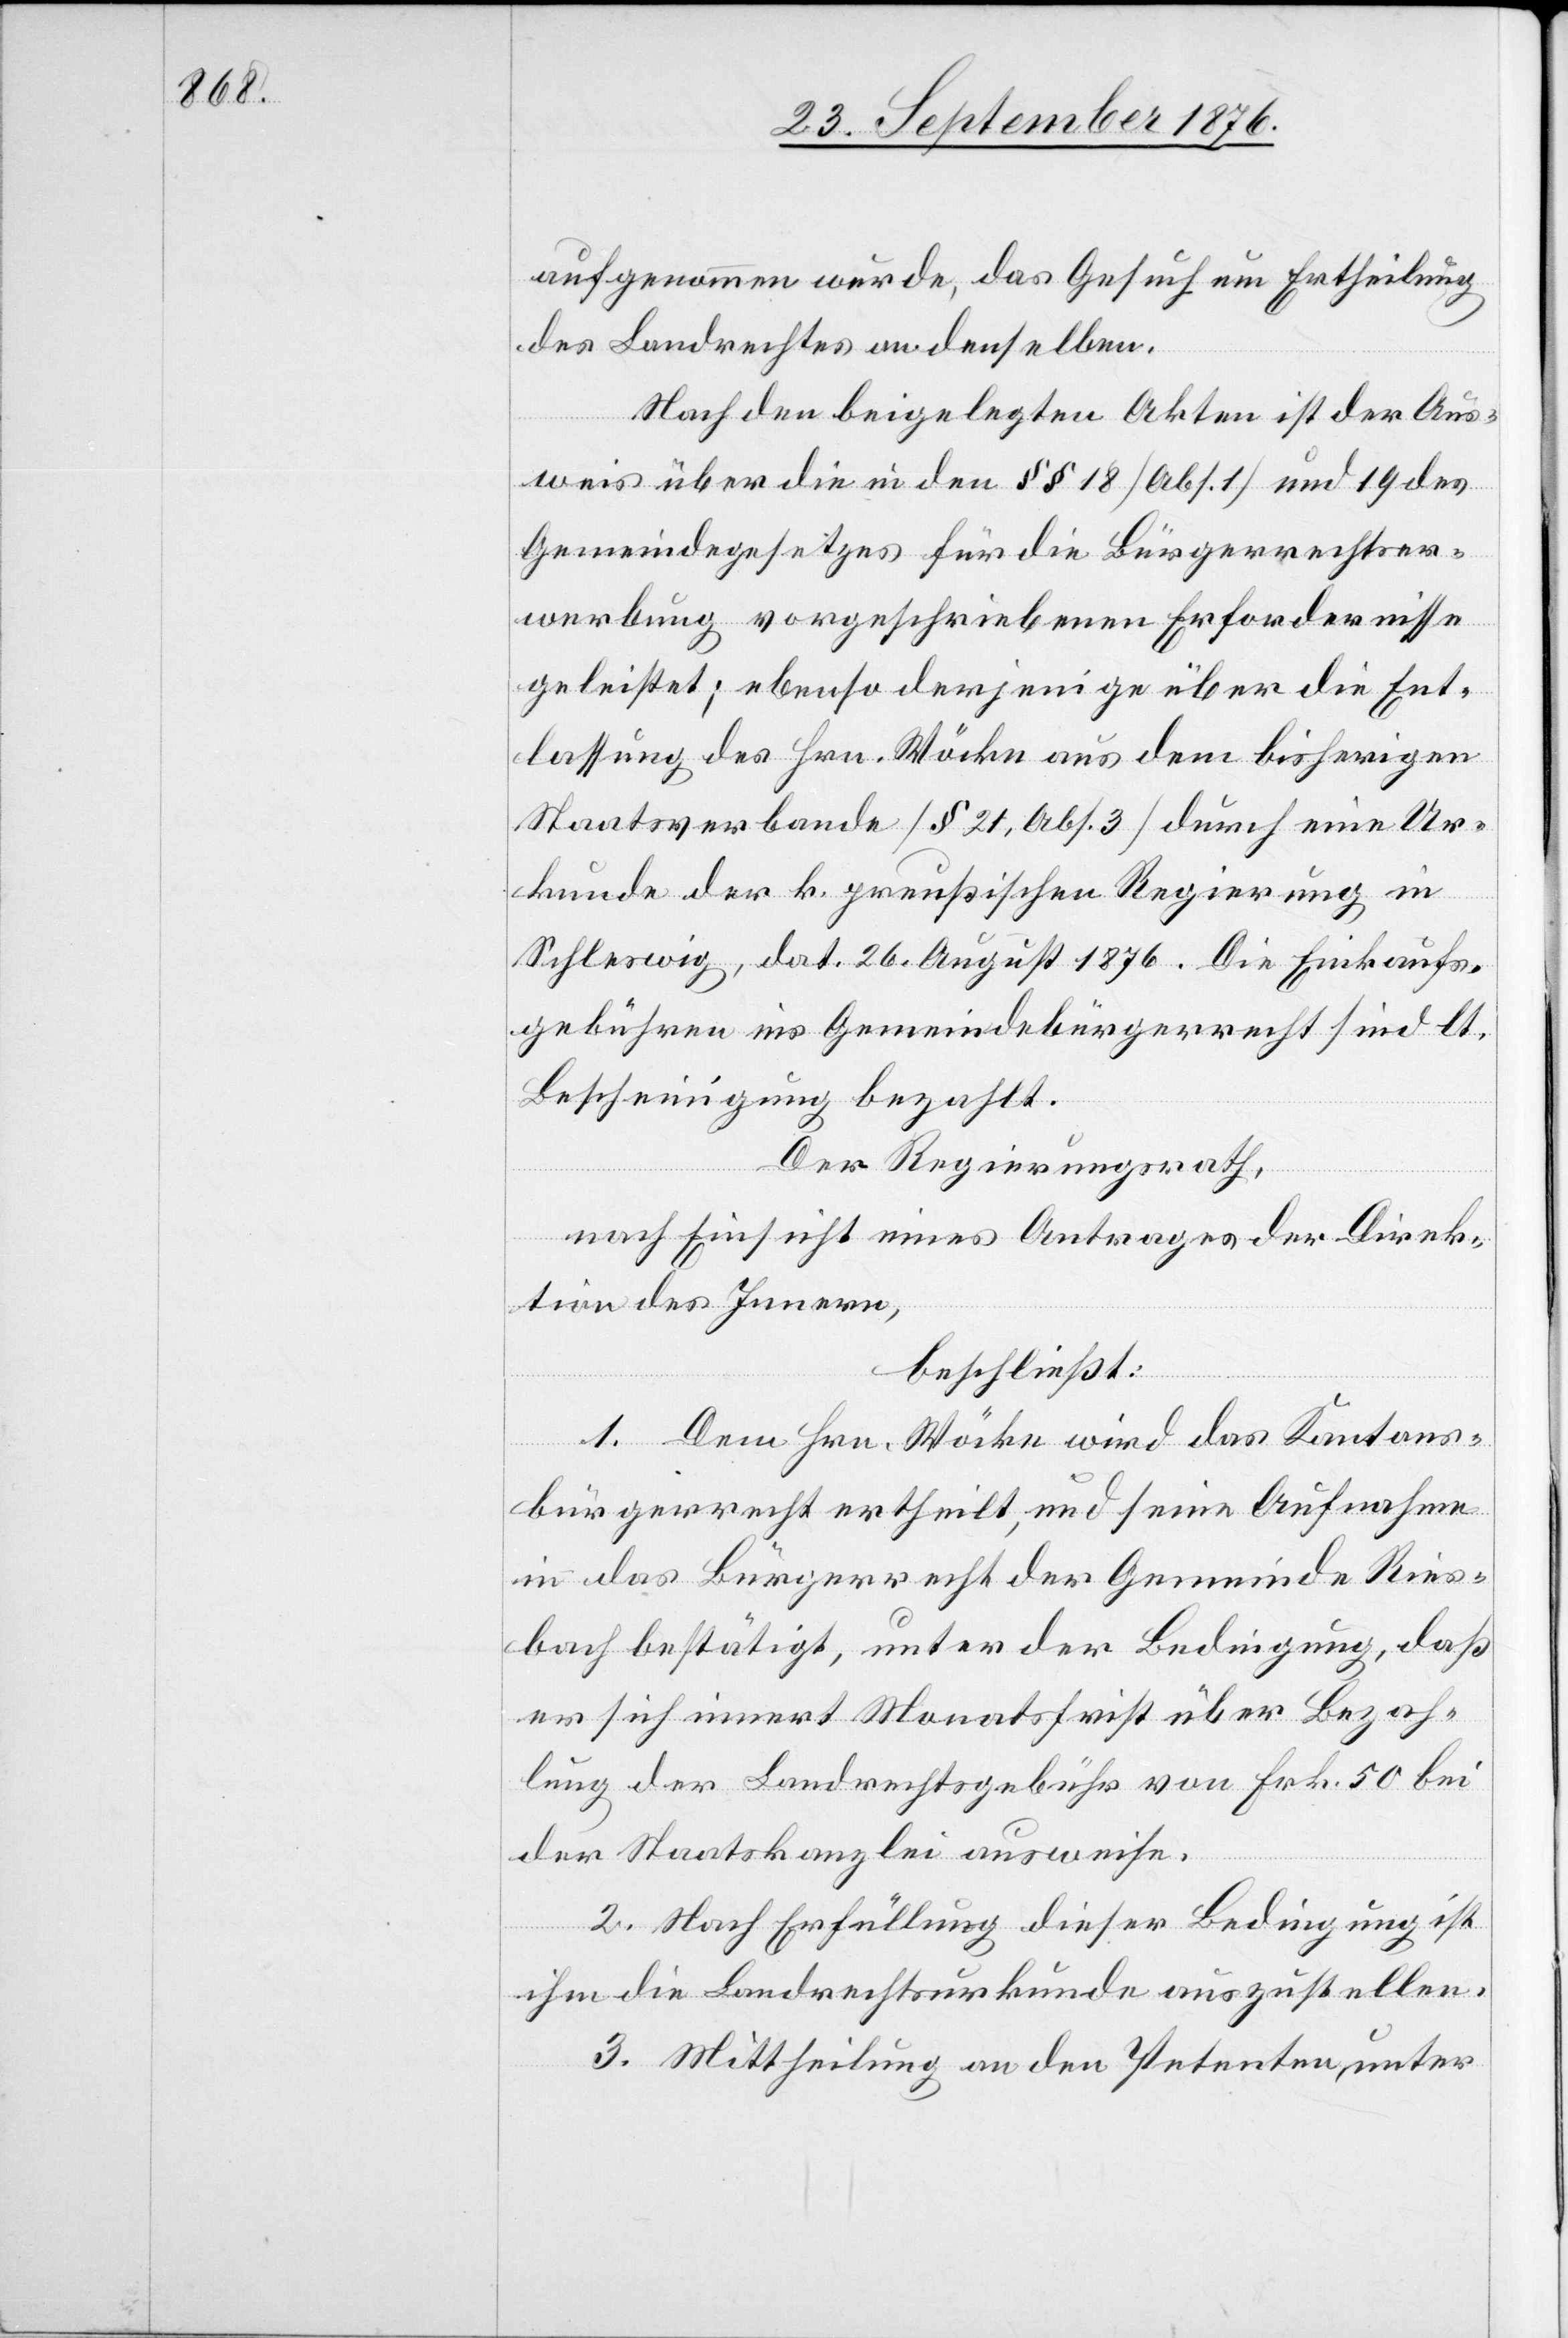
aufgenommen wurde, das Gesuch um Ertheilung
des Landrechtes an denselben.
Nach den beigelegten Akten ist der Aus¬
weis über die in den §§ 18 [Abs. 1] und 19 des
Gemeindegesetzes für die Bürgerrechtser¬
werbung vorgeschriebenen Erfordernisse
geleistet; ebenso derjenige über die Ent¬
lassung des Hrn. Möcke aus dem bisherigen
Staatsverbande [§ 21, Abs. 3] durch eine Ur¬
kunde der k. preußischen Regierung in
Schleswig, dat. 26. August 1876. Die Einkaufs¬
gebühren ins Gemeindebürgerrecht sind lt.
Bescheinigung bezahlt
Der Regierungsrath,
nach Einsicht eines Antrages der Direk¬
tion des Innern,
beschließt:
1. Dem Hrn. Möcke wird das Kantons¬
bürgerrecht ertheilt, und seine Aufnahme
in das Bürgerrecht der Gemeinde Ries¬
bach bestätigt, unter der Bedingung, daß
er sich innert Monatsfrist über Bezah¬
lung der Landrechtsgebühr von Frk. 50 bei
der Staatskanzlei ausweise.
2. Nach Erfüllung dieser Bedingung ist
ihm die Landrechtsurkunde auszustellen.
3. Mittheilung an den Petenten, unter